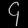
Digit: ၄